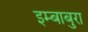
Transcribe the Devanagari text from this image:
इम्बाबुरा